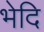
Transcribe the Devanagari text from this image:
भेदि